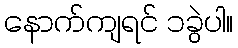
နောက်ကျရင် ၁ခွဲပါ။